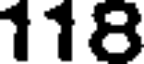
118